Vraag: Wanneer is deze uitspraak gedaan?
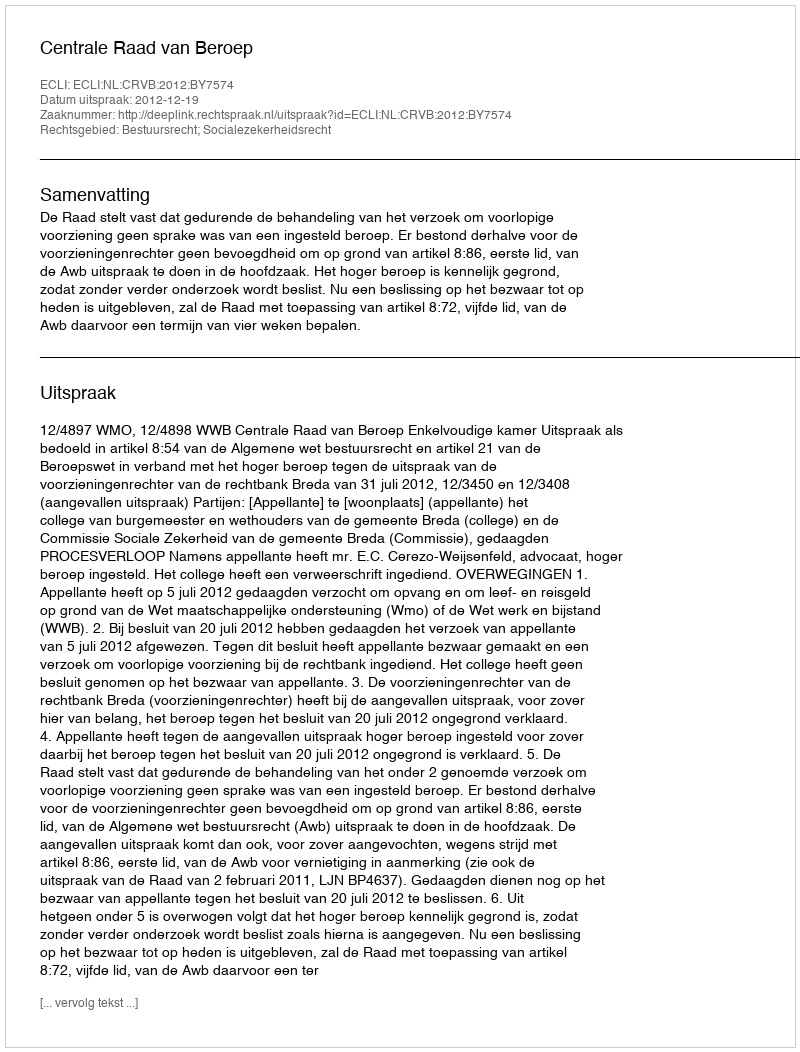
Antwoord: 2012-12-19